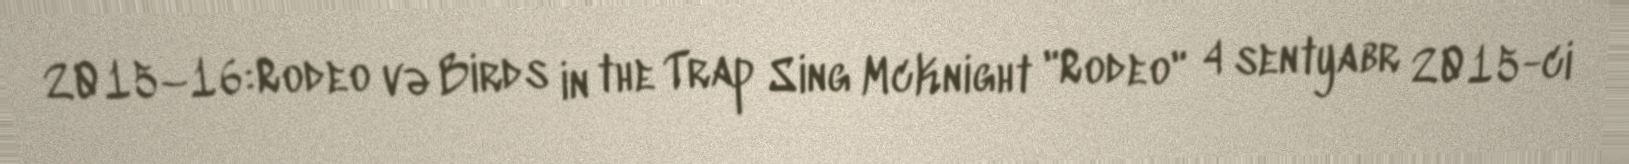
2015–16:Rodeo və Birds in the Trap Sing McKnight "Rodeo" 4 sentyabr 2015-ci